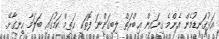
އަޅުގަނޑުމެން އެންމެ ގިނައިން ޢިބްރަތް ލިބިގަންނަ ފޮތަކީ ޚަތިމް ކަމުގައި ބަލަމާ ހިނގާށޭ.